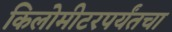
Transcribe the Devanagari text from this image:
किलोमीटरपर्यंतचा